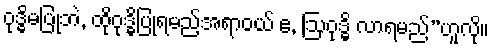
ဝုဒ္ဓိမပြုဘဲ, ထိုဝုဒ္ဓိပြုရမည့်အရာဝယ် ဧ, ဩဝုဒ္ဓိ လာရမည်”ဟူလို။